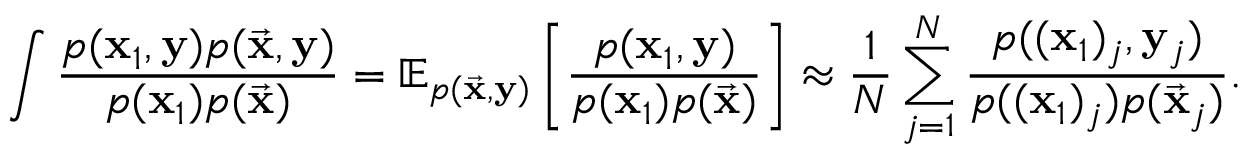
\int \frac { p ( \mathbf { x } _ { 1 } , \mathbf { y } ) p ( \vec { \mathbf { x } } , \mathbf { y } ) } { p ( \mathbf { x } _ { 1 } ) p ( \vec { \mathbf { x } } ) } = \mathbb { E } _ { p ( \vec { \mathbf { x } } , \mathbf { y } ) } \left[ \frac { p ( \mathbf { x } _ { 1 } , \mathbf { y } ) } { p ( \mathbf { x } _ { 1 } ) p ( \vec { \mathbf { x } } ) } \right] \approx \frac { 1 } { N } \sum _ { j = 1 } ^ { N } \frac { p ( ( \mathbf { x } _ { 1 } ) _ { j } , \mathbf { y } _ { j } ) } { p ( ( \mathbf { x } _ { 1 } ) _ { j } ) p ( \vec { \mathbf { x } } _ { j } ) } .